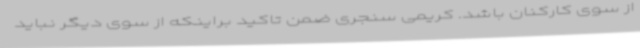
از سوی کارکنان باشد. کریمی سنجری ضمن تاکید براینکه از سوی دیگر نباید